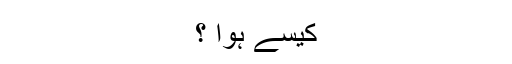
کیسے ہوا ؟